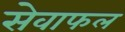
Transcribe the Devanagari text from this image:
सेवाफल